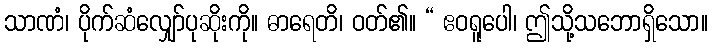
သာဏံ၊ ပိုက်ဆံလျှော်ပုဆိုးကို။ ဓာရေတိ၊ ဝတ်၏။ “ ဧဝရူပေါ၊ ဤသို့သဘောရှိသော။